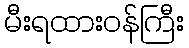
မီးရထားဝန်ကြီး